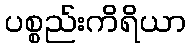
ပစ္စည်းကိရိယာ